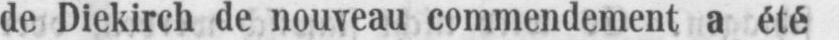
de Diekirch de nouveau commendement a été